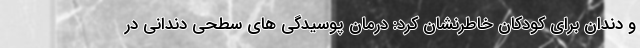
و دندان برای کودکان خاطرنشان کرد: درمان پوسیدگی های سطحی دندانی در